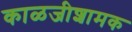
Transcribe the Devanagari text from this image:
काळजीशामक